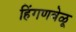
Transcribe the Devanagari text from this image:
हिंगणवेळू